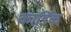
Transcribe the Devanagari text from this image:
कार्डिक